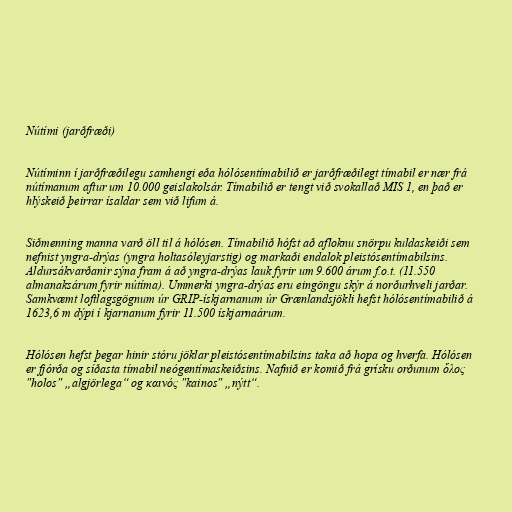
Nútími (jarðfræði)

Nútíminn í jarðfræðilegu samhengi eða hólósentímabilið er jarðfræðilegt tímabil er nær frá
nútímanum aftur um 10.000 geislakolsár. Tímabilið er tengt við svokallað MIS 1, en það er
hlýskeið þeirrar ísaldar sem við lifum á.

Siðmenning manna varð öll til á hólósen. Tímabilið hófst að afloknu snörpu kuldaskeiði sem
nefnist yngra-drýas (yngra holtasóleyjarstig) og markaði endalok pleistósentímabilsins.
Aldursákvarðanir sýna fram á að yngra-drýas lauk fyrir um 9.600 árum f.o.t. (11.550
almanaksárum fyrir nútíma). Ummerki yngra-drýas eru eingöngu skýr á norðurhveli jarðar.
Samkvæmt loftlagsgögnum úr GRIP-ískjarnanum úr Grænlandsjökli hefst hólósentímabilið á
1623,6 m dýpi í kjarnanum fyrir 11.500 ískjarnaárum.

Hólósen hefst þegar hinir stóru jöklar pleistósentímabilsins taka að hopa og hverfa. Hólósen
er fjórða og síðasta tímabil neógentímaskeiðsins. Nafnið er komið frá grísku orðunum ὅλος
"holos" „algjörlega“ og καινός "kainos" „nýtt“.